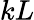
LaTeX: kL